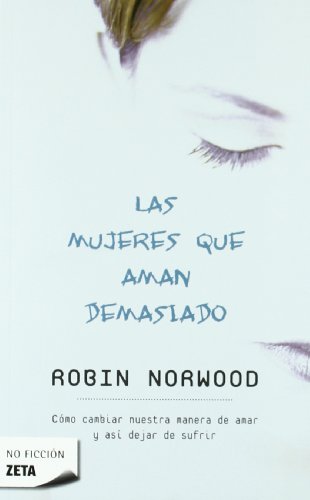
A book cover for Las mujeres que aman demasiado (Zeta No Ficcion) (Spanish Edition); Robin Norwood; Self-Help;